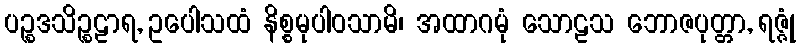
ပဉ္စဒသိဉ္စဠာရ, ဥပေါသထံ နိစ္စမုပါဝသာမိ၊ အထာဂမုံ သောဠသ ဘောဇပုတ္တာ, ရဇ္ဇုံ